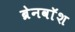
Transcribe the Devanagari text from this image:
ब्रेनवाॅश